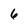
Character: 6